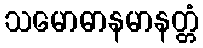
သမောဓာနမာနတ္တံ